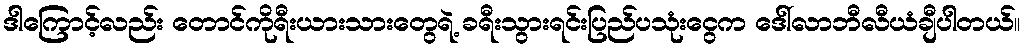
ဒါကြောင့်လည်း တောင်ကိုရီးယားသားတွေရဲ့ ခရီးသွားရင်းပြည်ပသုံးငွေက ဒေါ်လာဘီလီယံချီပါတယ်။